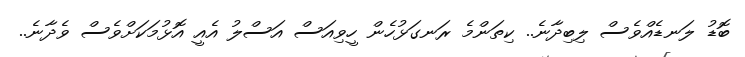
ބޮޑު ލަނޑެއްވެސް ލިބިދާނެ.. ކިތަންމެ ރަނގަޅުހެން ހީވިއަސް އަސްލު އެއީ އޮޅުމަކަށްވެސް ވެދާނެ..